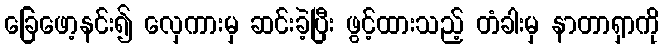
ခြေဖော့နင်း၍ လှေကားမှ ဆင်းခဲ့ပြီး ဖွင့်ထားသည့် တံခါးမှ နာတာရှာကို